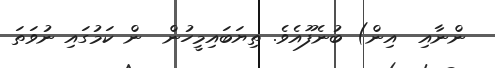
ންނާއި  އިން) ބުނެފޫއެވެ. ތިޔަބައިމީހުން  ން ކަމުގައި ނުވަތަ